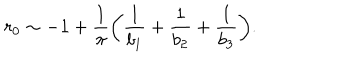
r _ { 0 } \sim - 1 + \frac { 1 } { \pi } \biggl ( \frac { 1 } { b _ { 1 } } + \frac { 1 } { b _ { 2 } } + \frac { 1 } { b _ { 3 } } \biggr ) .